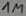
Text: 1M